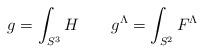
LaTeX: \begin{align*}g = \int_{S^3}H \quad \quad g^{\Lambda} = \int_{S^2}F^{\Lambda} \end{align*}